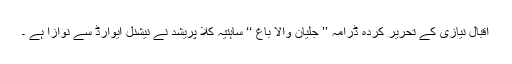
اقبال نیازی کے تحریر کردہ ڈرامہ ’’ جلیان والا باغ ‘‘ ساہتیہ کلا پریشد نے نیشنل ایوارڈ سے نوازا ہے ۔